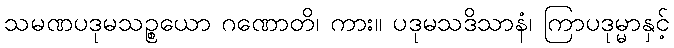
သမဏပဒုမသဉ္စယော ဂဏောတိ၊ ကား။ ပဒုမသဒိသာနံ၊ ကြာပဒုမ္မာနှင့်